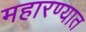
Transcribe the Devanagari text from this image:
महारण्यात